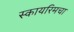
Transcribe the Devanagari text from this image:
स्कायरिमचा